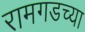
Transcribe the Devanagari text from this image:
रामगडच्या